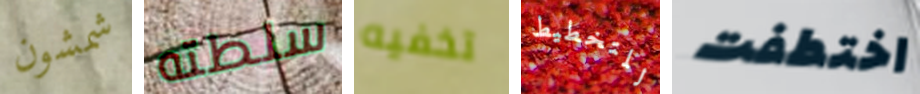
شمشون سلطته تخفيه للتخطيط اختطفت